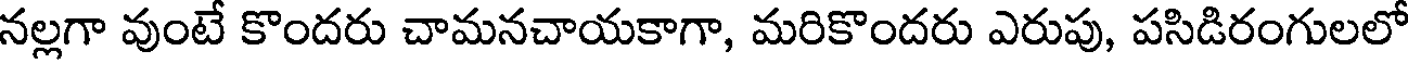
నల్లగా వుంటే కొందరు చామనచాయకాగా, మరికొందరు ఎరుపు, పసిడిరంగులలో